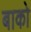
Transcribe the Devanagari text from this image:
बाको